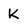
Character: K